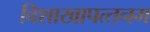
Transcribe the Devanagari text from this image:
विशाखापत्‍तनम